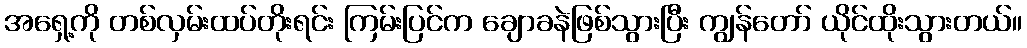
အရှေ့ကို တစ်လှမ်းထပ်တိုးရင်း ကြမ်းပြင်က ချောခနဲဖြစ်သွားပြီး ကျွန်တော် ယိုင်ထိုးသွားတယ်။